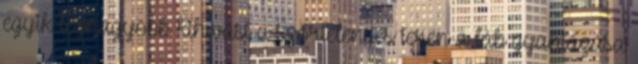
egyik legnagyobb kihívást a szőrtelenítés terén a láb gyantázása